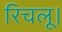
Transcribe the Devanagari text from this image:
रिचलू।